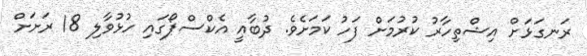
ރަނގަޅަށް އިޝްތިހާރު ކުރުމަށް ފަހު ކަމަށެވެ. ދުބާއީ އެކްސްޕޯގައި ހުޅުވާލި 18 ރަށަށް